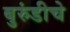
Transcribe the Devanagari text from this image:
बुरुंडीचे